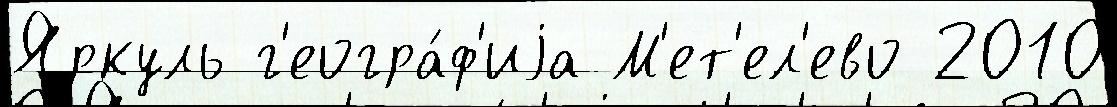
Яркуль г'еогра́ф'иjа М'ет'ел'ево 2010